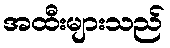
အထီးများသည်